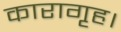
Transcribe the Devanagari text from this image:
कारागृह।